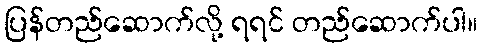
ပြန်တည်ဆောက်လို့ ရရင် တည်ဆောက်ပါ။